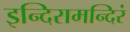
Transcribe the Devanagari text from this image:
इन्दिरामन्दिरं